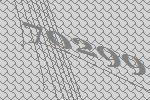
70299